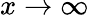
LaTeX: x\to\infty